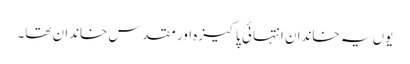
یوں یہ خاندان انتہائی پاکیزہ اور مقدس خاندان تھا۔